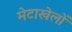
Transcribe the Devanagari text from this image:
मेटाखेलों